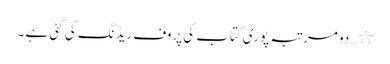
٭…دو مرتبہ پوری کتاب کی پروف ریڈنگ کی گئی ہے ۔